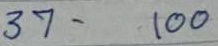
37 - 100